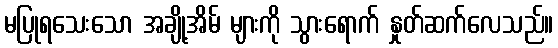
မပြုရသေးသော အချို့အိမ် များကို သွားရောက် နှုတ်ဆက်လေသည်။